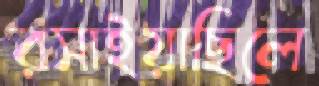
রসাইয়াছিলে